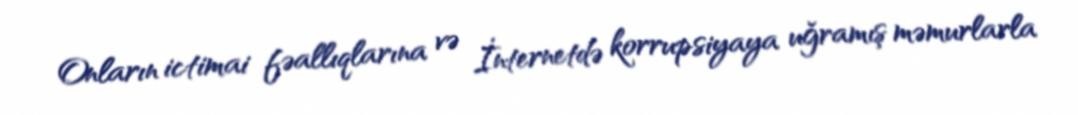
Onların ictimai fəallıqlarına və İnternetdə korrupsiyaya uğramış məmurlarla